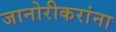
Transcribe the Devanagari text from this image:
जानोरीकरांना